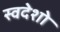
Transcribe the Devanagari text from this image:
स्वदेशो